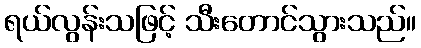
ရယ်လွန်းသဖြင့် သီးတောင်သွားသည်။